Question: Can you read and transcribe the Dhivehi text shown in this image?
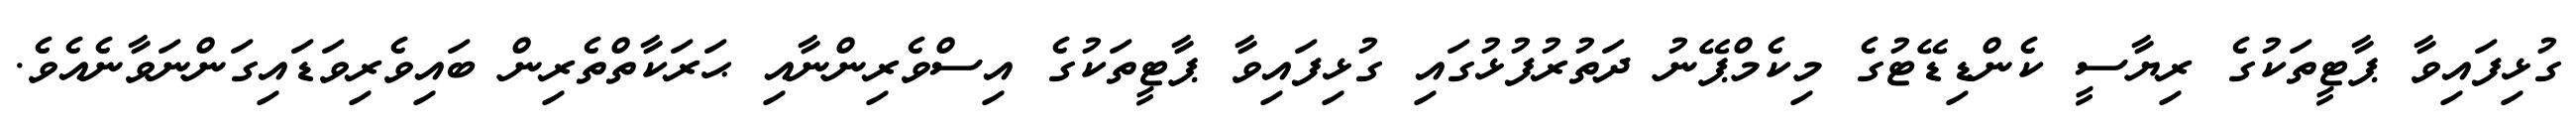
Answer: ގުޅިފައިވާ ޕާޓީތަކުގެ ރިޔާސީ ކެންޑިޑޭޓުގެ މިކެމްޕޭނު ދަތުރުފުޅުގައި ގުޅިފައިވާ ޕާޓީތަކުގެ އިސްވެރިންނާއި ޙަރަކާތްތެރިން ބައިވެރިވަޑައިގަންނަވާނެއެވެ.